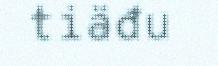
tiäđu